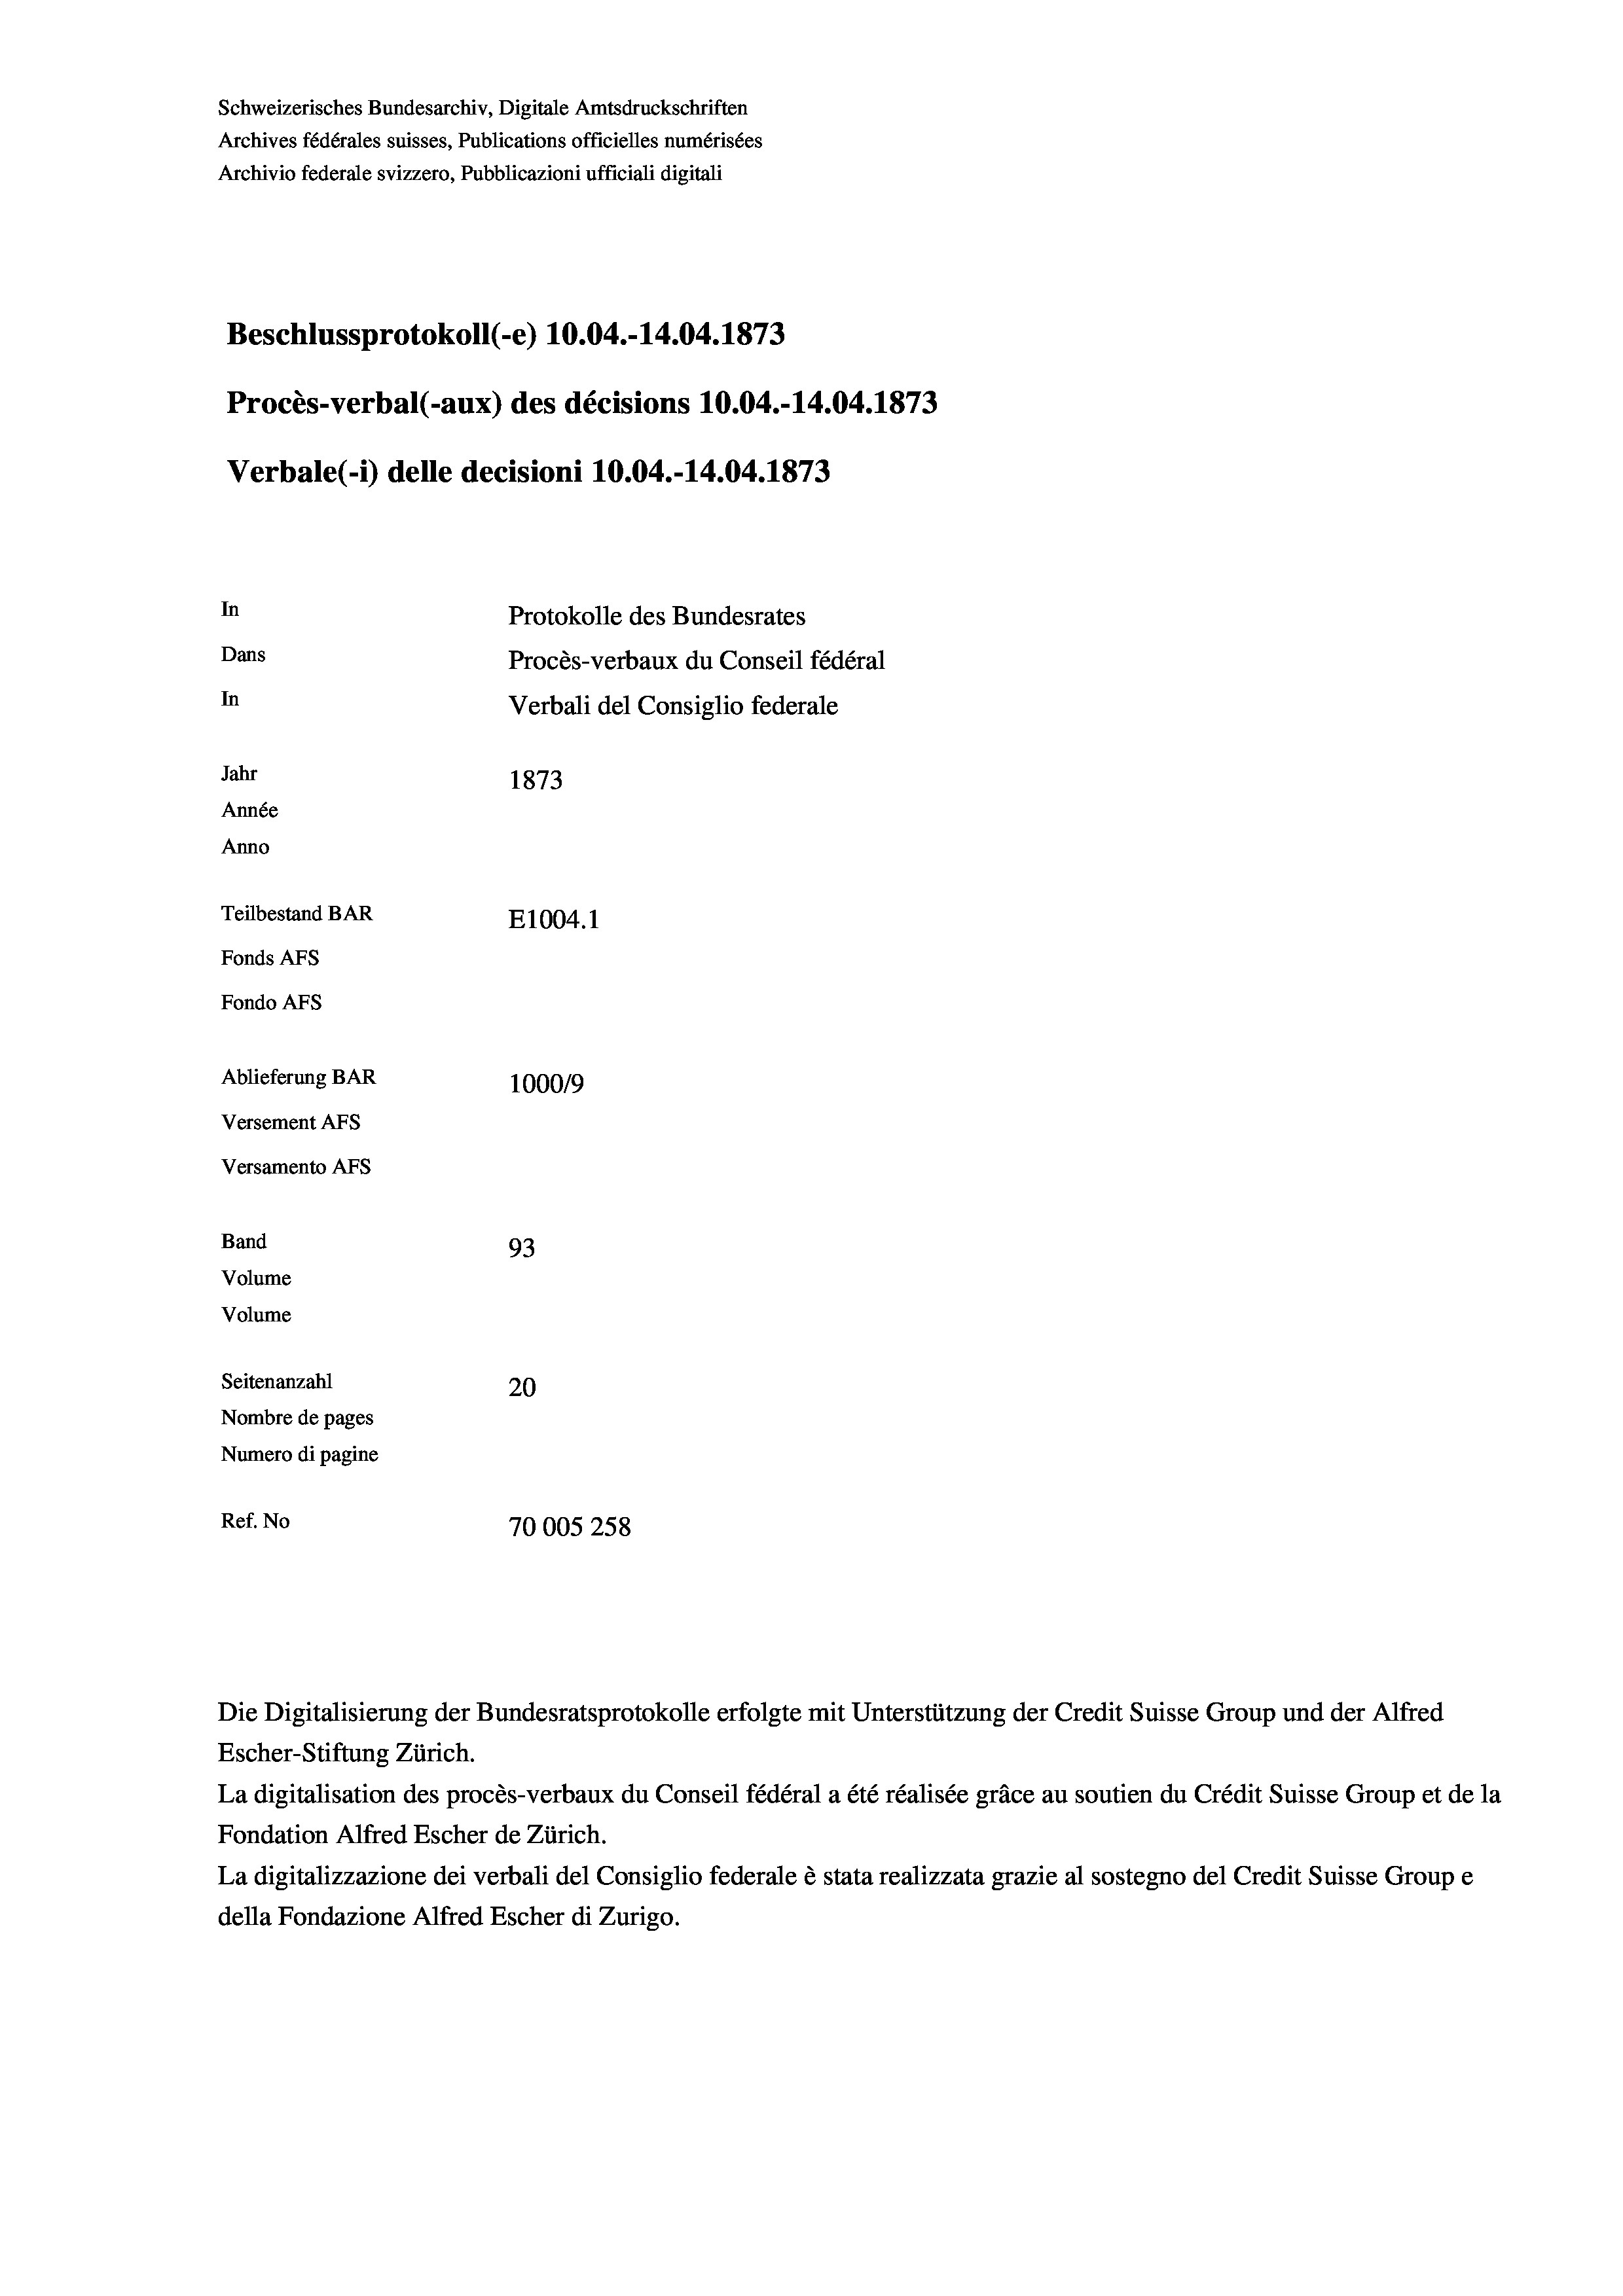
Schweizerisches Bundesarchiv, Digitale Amtsdruckschriften
Archives fédérales suisses, Publications officielles numérisées
Archivio federale svizzero, Pubblicazioni ufficiali digitali
Beschlussprotokoll (-e) 10.04.-14.04. 1873
Procès-verbal (-aux) des décisions 10.04.-14.04. 1873
Verbale (1) delle decisioni 10.04.-14.04. 1873
In
Protokolle des Bundesrates
Dans
Procès-verbaux du Conseil fédéral
In
Verbali del Consiglio federale
Jahr
1873
Année
Anno
Teilbestand BAR
E1004. 1
Fonds AFs
Fondo AFS
Ablieferung BAR
100019
Versement AFs
Versamento Afs
Band
93
Volume
Volume
Seitenanzahl
20
Nombre de pages
Numero di pagine
Ref. No
70005258

Die Digitalisierung der Bundesratsprotokolle erfolgte mit Unterstützung der Credit Suisse Group und der Alfred
Escher-Stiftung Zürich.
La digitalisation des procès-verbaux du Conseil fédéral a été réalisée gräce au soutien du Crédit Suisse Group et de la
Fondation Alfred Escher de Zürich.
La digitalizzazione dei verbali del Consiglio federale è stata realizzata grazie al sostegno del Credit Suisse Groupe
della Fondazione Alfred Escher di Zurigo.